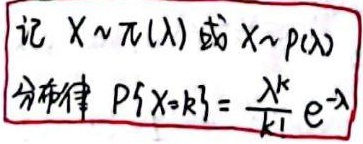
记 \(X\sim \pi(\lambda)\) 或 \(X\sim p(\lambda)\)
分布律 \(P\{X = k\} = \frac{\lambda^{k}}{k!}e^{-\lambda}\)